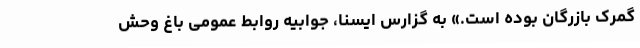
گمرک بازرگان‌ بوده است.» به گزارس ایسنا، جوابیه‌ روابط عمومی باغ وحش